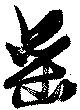
罍